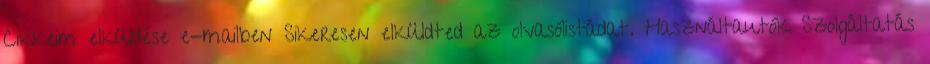
Cikkeim elküldése e-mailben Sikeresen elküldted az olvasólistádat. Használtautók Szolgáltatás